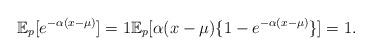
LaTeX: \begin{align*}\mathbb{E}_p[e^{-\alpha(x-\mu)}] = 1 \mathbb{E}_p[ \alpha (x-\mu)\{ 1 - e^{-\alpha(x-\mu)}\}] = 1. \end{align*}